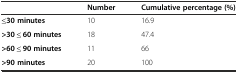
|  | Number | Cumulative percentage (%) |
 | --- | --- | --- |
 | ≤30 minutes | 10 | 16.9 |
 | >30 ≤ 60 minutes | 18 | 47.4 |
 | >60 ≤ 90 minutes | 11 | 66 |
 | >90 minutes | 20 | 100 |